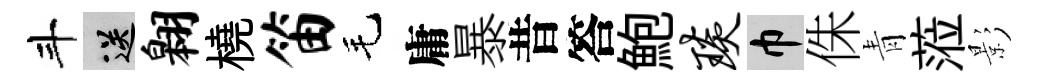
斗送翱橈笛毛庸暴昔答鮑琰巾侏青蒞影